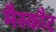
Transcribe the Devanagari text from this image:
मैस्कौट